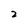
Character: 2